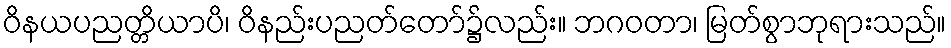
ဝိနယပညတ္တိယာပိ၊ ဝိနည်းပညတ်တော်၌လည်း။ ဘဂဝတာ၊ မြတ်စွာဘုရားသည်။